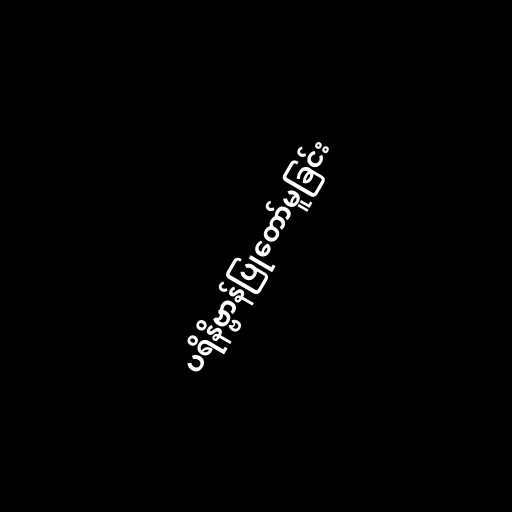
ပရိနိဗ္ဗာန်ပြုတော်မူခြင်း